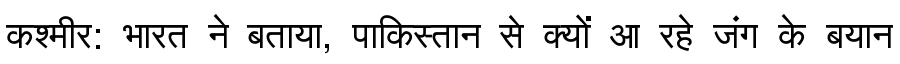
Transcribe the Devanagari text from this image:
कश्मीर: भारत ने बताया, पाकिस्तान से क्यों आ रहे जंग के बयान